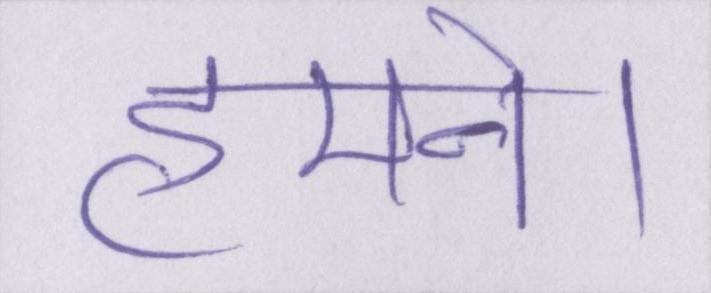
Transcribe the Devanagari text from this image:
हमने।